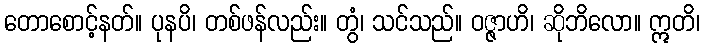
တောစောင့်နတ်။ ပုနပိ၊ တစ်ဖန်လည်း။ တွံ၊ သင်သည်။ ဝဇ္ဇာဟိ၊ ဆိုဘိလော။ ဣတိ၊